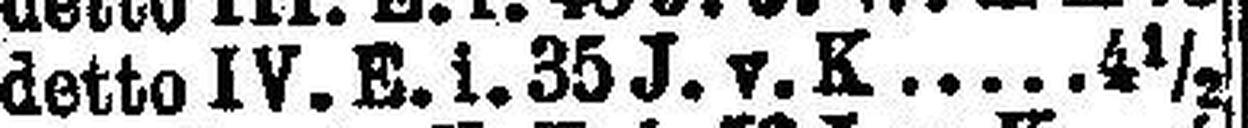
detto IV. E. i.35 J. v. K. 4½